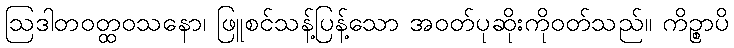
ဩဒါတဝတ္ထဝသနော၊ ဖြူစင်သန့်ပြန့်သော အဝတ်ပုဆိုးကိုဝတ်သည်။ ကိဉ္စာပိ